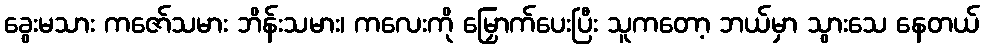
ခွေးမသား ကဇော်သမား ဘိန်းသမား၊ ကလေးကို မြှောက်ပေးပြီး သူကတော့ ဘယ်မှာ သွားသေ နေတယ်